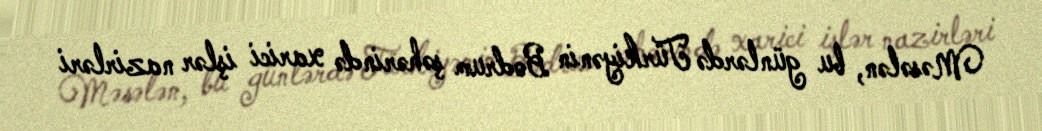
Məsələn, bu günlərdə Türkiyənin Bodrum şəhərində xarici işlər nazirləri